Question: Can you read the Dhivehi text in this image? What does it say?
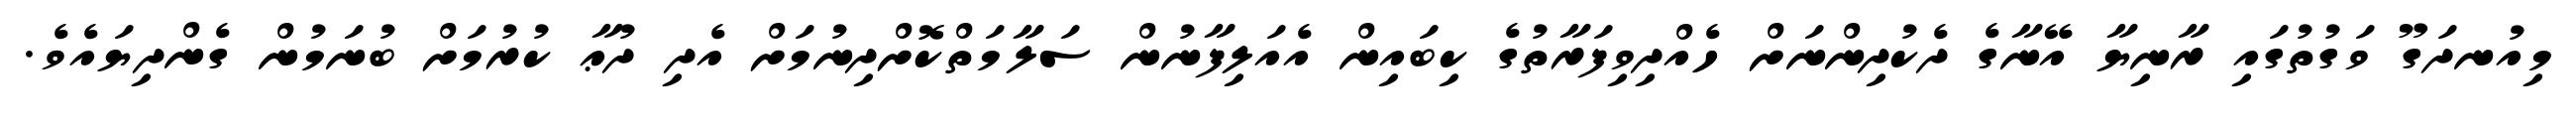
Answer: މިއުނދަގޫ ވަގުތުގައި ރާނިޔާ އޭނާގެ ދެކުދިންނަށް ހެއްދިވިފަރާތުގެ ކިބައިން އެއަލިފާނުން ސަލާމަތްކޮށްދިނުމަށް އެދި ދުޢާ ކުރުމަށް ބުނަމުން ގެންދިޔައެވެ.